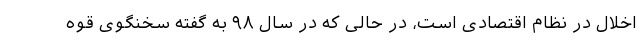
اخلال در نظام اقتصادی است، در حالی که در سال ۹۸ به گفته سخنگوی قوه